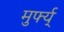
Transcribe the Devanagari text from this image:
मुर्फ्य्